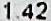
1.42